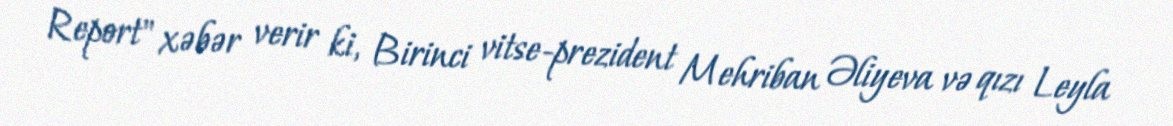
Report" xəbər verir ki, Birinci vitse-prezident Mehriban Əliyeva və qızı Leyla